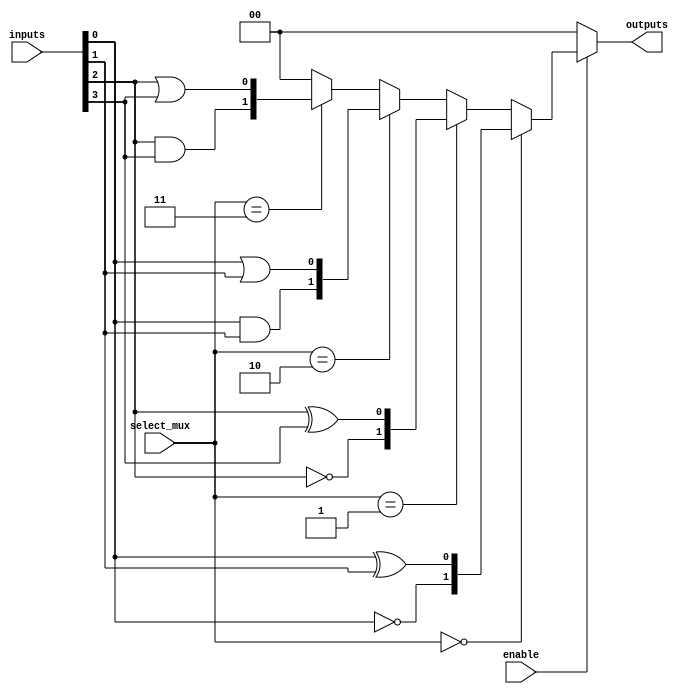
module CLB(
    input wire [N-1:0] inputs,           // Input signals
    input wire [M-1:0] select_mux,       // Mux select signals
    input wire enable,                    // Enable signal
    output wire [P-1:0] outputs          // Output signals
);

// Parameter declarations
parameter N = 4;                        // Number of input signals
parameter M = 2;                        // Number of multiplexer select signals
parameter P = 2;                        // Number of output signals

// Lookup Tables (LUTs)
reg [3:0] lut1;                         // 4-input LUT
reg [3:0] lut2;                         // 4-input LUT

// Function: Programmable Logic Definitions
always @(*) begin
    // Example LUT implementations
    lut1 = {inputs[0] & inputs[1],         // AND
            inputs[0] | inputs[1],         // OR
            ~inputs[0],                    // NOT
            inputs[0] ^ inputs[1]};        // XOR
    
    lut2 = {inputs[2] & inputs[3],         // AND
            inputs[2] | inputs[3],         // OR
            ~inputs[2],                    // NOT
            inputs[2] ^ inputs[3]};        // XOR
end

// Output selection based on MUX
wire [P-1:0] mux_out;
assign mux_out = (select_mux == 2'b00) ? lut1[1:0] : // output of LUT1
                 (select_mux == 2'b01) ? lut2[1:0] : // output of LUT2
                 (select_mux == 2'b10) ? lut1[3:2] : // upper bits of LUT1
                 (select_mux == 2'b11) ? lut2[3:2] : 2'b00; // upper bits of LUT2

// Enable logic - outputs are driven only if enabled
assign outputs = enable ? mux_out : {P{1'b0}}; // Default to 0 when not enabled

endmodule